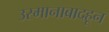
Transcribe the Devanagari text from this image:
उस्मानाबादहून